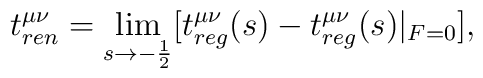
t^{\mu\nu}_{ren}= \lim_{s\rightarrow -\frac 12}[t^{\mu\nu}_{reg}(s)-t^{\mu\nu}_{reg}(s)|_{F=0}],